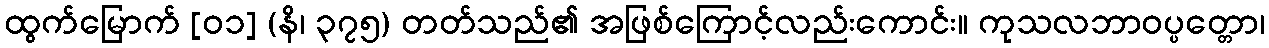
ထွက်မြောက် [၀၁] (နိ၊ ၃၇၅) တတ်သည်၏ အဖြစ်ကြောင့်လည်းကောင်း။ ကုသလဘာဝပ္ပတ္တော၊